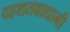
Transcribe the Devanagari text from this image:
दहशतवाद्यानी